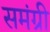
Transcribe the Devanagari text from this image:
समंग्री